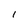
Character: l